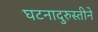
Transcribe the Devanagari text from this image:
घटनादुरुस्तीने